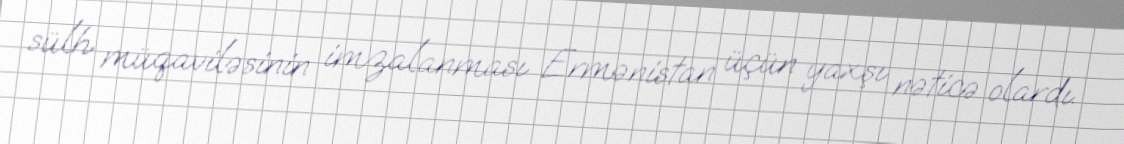
sülh müqaviləsinin imzalanması Ermənistan üçün yaxşı nəticə olardı.